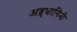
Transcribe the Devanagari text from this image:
अद्र्धागिनी